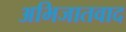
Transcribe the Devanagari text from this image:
अभिजातवाद